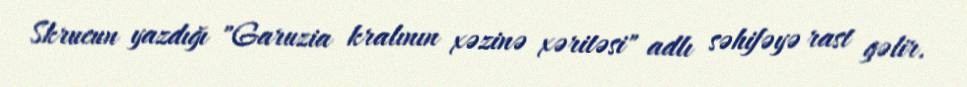
Skrucun yazdığı "Garuzia kralının xəzinə xəritəsi" adlı səhifəyə rast gəlir.